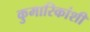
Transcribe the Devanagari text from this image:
कुमारिकांशी